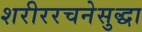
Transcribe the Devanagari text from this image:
शरीररचनेसुद्धा